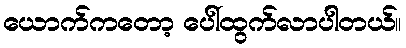
ယောက်ကတော့ ပေါ်ထွက်လာပါတယ်။